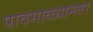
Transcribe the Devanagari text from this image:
पावसाळ्यानतर